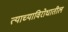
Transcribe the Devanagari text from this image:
त्याच्याविरोधातील